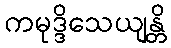
ကမုဒ္ဒိသေယျန္တိ